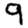
Digit: 9